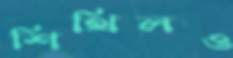
শিথিলও